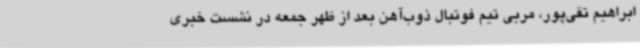
ابراهیم تقی‌پور، مربی تیم فوتبال ذوب‌آهن بعد از ظهر جمعه در نشست خبری